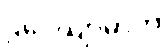
ဌပေယျာမာတိ